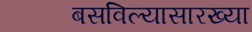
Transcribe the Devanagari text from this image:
बसविल्यासारख्या